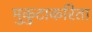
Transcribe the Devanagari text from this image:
मुकुटाकरिता